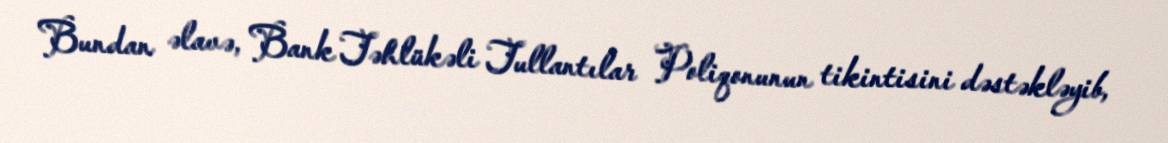
Bundan əlavə, Bank Təhlükəli Tullantılar Poliqonunun tikintisini dəstəkləyib,